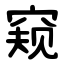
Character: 窥